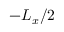
- L _ { x } / 2